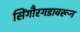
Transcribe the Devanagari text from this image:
सिंगौरगडावरून